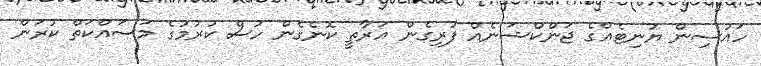
ހައުސިން ޔުނިޓެއްގެ ޖަންކްޝަނެއް ފުރިގެން އަރާތީ ކޮނެގެން ހުސް ކުރުމުގެ މަސައްކަތް ކުރަން